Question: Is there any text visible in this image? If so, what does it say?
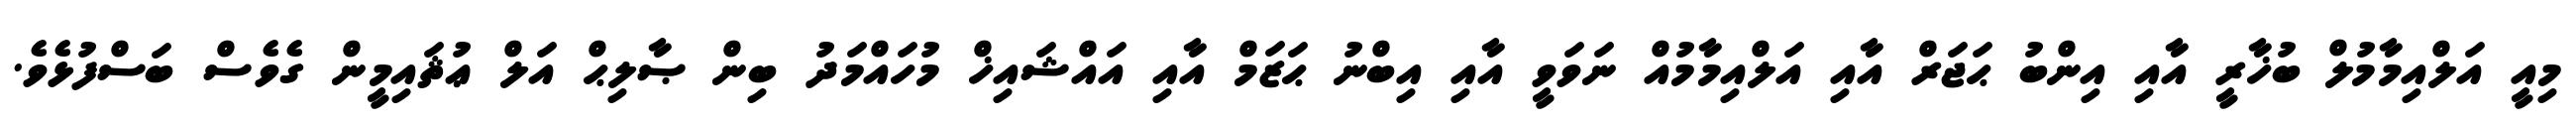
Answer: މިއީ އަލްއިމާމުލް ބުޚާރީ އާއި އިންބު ޙަޖަރް އާއި އަލްއިމާމުއް ނަވަވީ އާއި އިބްނު ޙަޒަމް އާއި އައްޝައިޚް މުހައްމަދު ބިން ޞާލިޙް އަލް ޢުޘައިމީން ގެވެސް ބަސްފުޅެވެ.